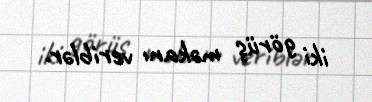
iki görüş məkanı veriblər.